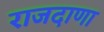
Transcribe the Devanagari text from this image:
राजदाणा